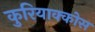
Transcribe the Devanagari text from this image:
कुरियाक्कोस